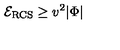
{ \cal E } _ { \mathrm { R C S } } \geq v ^ { 2 } | \Phi |